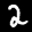
Label: 2